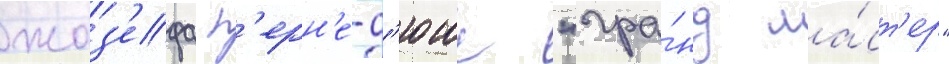
жоз'ефа п'ерн'е-д'юше "гра́нд ма́ст'ер"